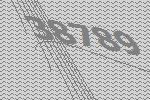
38789